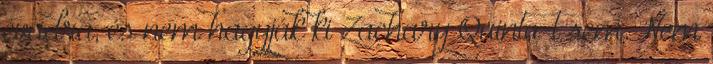
évadra, és nem hagyják ki Zachary Quinto-t sem. Nem